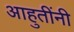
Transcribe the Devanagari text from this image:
आहुतींनी